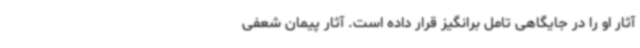
آثار او را در جایگاهی تامل برانگیز قرار داده است. آثار پیمان شعفی